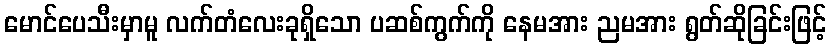
မောင်ပေသီးမှာမူ လက်တံလေးခုရှိသော ပဆစ်ကွက်ကို နေမအား ညမအား ရွတ်ဆိုခြင်းဖြင့်